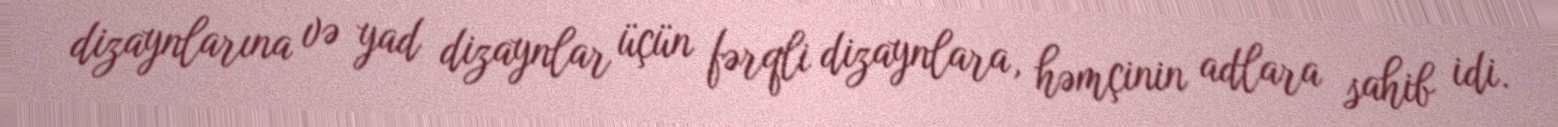
dizaynlarına və yad dizaynlar üçün fərqli dizaynlara, həmçinin adlara sahib idi.